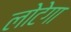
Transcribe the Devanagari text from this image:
लोटेगा